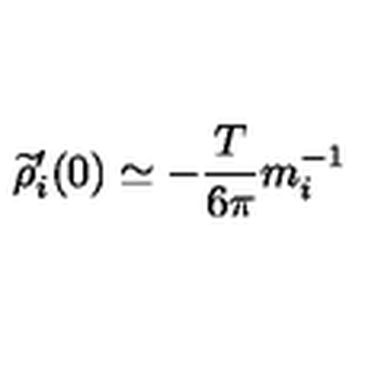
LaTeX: \widetilde { \rho } _ { i } ^ { \prime } ( 0 ) \simeq - { \frac { T } { 6 \pi } } m _ { i } ^ { - 1 }